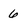
Character: 6